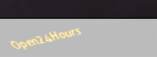
Open24Hours